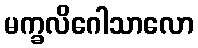
မက္ခလိဂေါသာလော